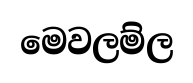
මෙවලම්ල